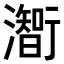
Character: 𤁰